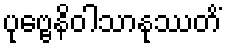
ပုဗ္ဗေနိဝါသာနုဿတိံ